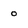
Character: 0